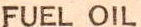
FUEL OIL